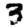
Digit: 3